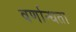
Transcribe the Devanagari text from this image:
वर्णान्धता